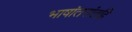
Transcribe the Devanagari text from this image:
भाषांतरांतहि